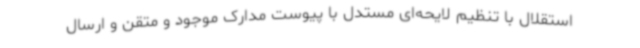
استقلال با تنظیم لایحه‌ای مستدل با پیوست مدارک موجود و متقن و ارسال